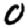
Digit: 0